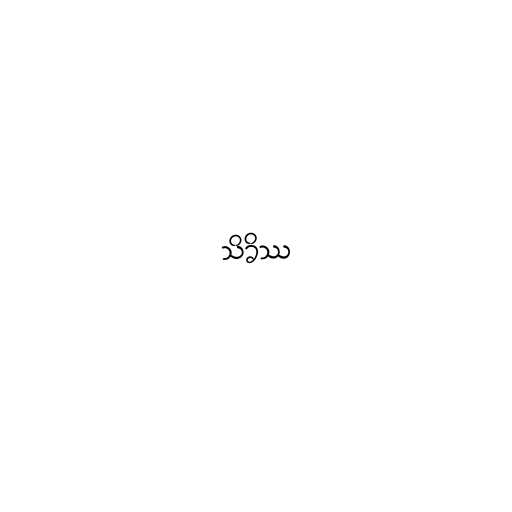
သိခိဿ